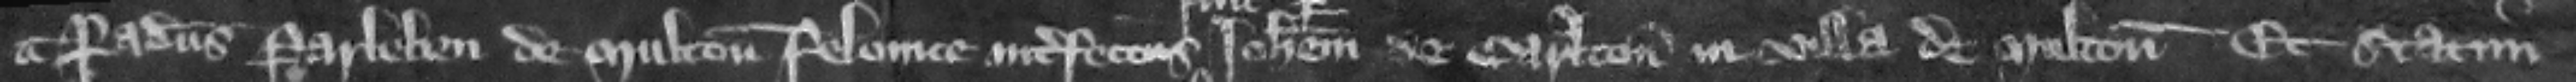
a Radulphus Parleben de Multon felonice interfectus Iohannem de Carlton in villa de Multon Et statim